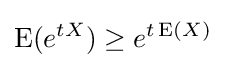
\operatorname {E} (e^{tX})\geq e^{t\operatorname {E} (X)}